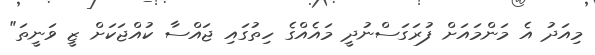
މިއަދު އެ މަންމައަށް ފުރަގަސްނުދީ މައެއްގެ ހިތުގައި ޖައްސާ ކުއްޖަކަށް ޒީ ވަނީތަ"